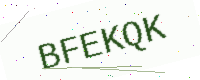
Text: BFEKQK